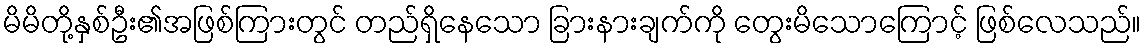
မိမိတို့နှစ်ဦး၏အဖြစ်ကြားတွင် တည်ရှိနေသော ခြားနားချက်ကို တွေးမိသောကြောင့် ဖြစ်လေသည်။